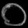
Digit: ၀